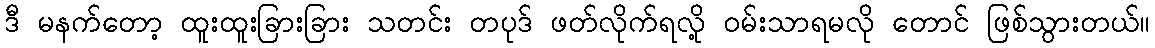
ဒီ မနက်တော့ ထူးထူးခြားခြား သတင်း တပုဒ် ဖတ်လိုက်ရလို့ ဝမ်းသာရမလို တောင် ဖြစ်သွားတယ်။